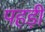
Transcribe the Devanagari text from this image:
पहड़ी